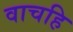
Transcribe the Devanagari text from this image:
वाचहि